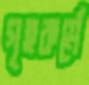
গৃহকর্মে